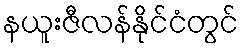
နယူးဇီလန်နိုင်ငံတွင်